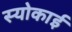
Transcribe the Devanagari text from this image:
स्योकाई